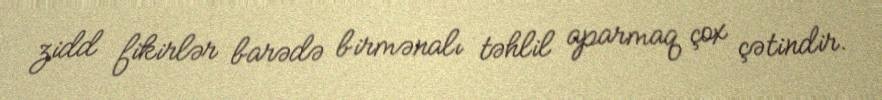
zidd fikirlər barədə birmənalı təhlil aparmaq çox çətindir.